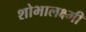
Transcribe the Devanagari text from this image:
शोभालक्ष्मी